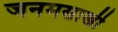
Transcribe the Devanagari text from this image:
जनमसाखी